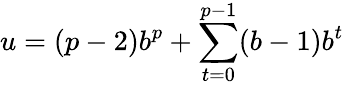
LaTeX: u=(p-2)b^{p}+\sum_{t=0}^{p-1}(b-1)b^{t}